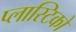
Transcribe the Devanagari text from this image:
प्लास्टिको